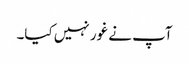
آپ نے غور نہیں کیا۔